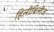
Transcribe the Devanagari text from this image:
हिलीबिलीज